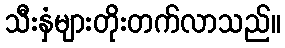
သီးနှံများတိုးတက်လာသည်။